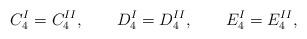
LaTeX: \begin{align*}C_4^I=C_4^{II},\qquad D_4^I=D_4^{II},\qquad E_4^I=E_4^{II},\end{align*}